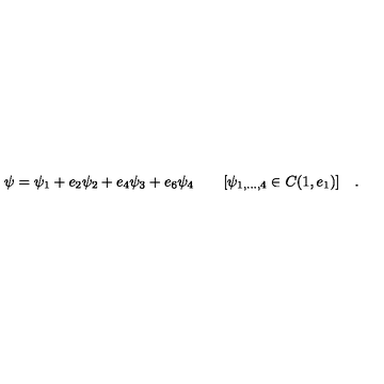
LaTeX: \psi = \psi _ { 1 } + e _ { 2 } \psi _ { 2 } + e _ { 4 } \psi _ { 3 } + e _ { 6 } \psi _ { 4 } \quad \quad [ \psi _ { 1 , . . . , 4 } \in C ( 1 , e _ { 1 } ) ] \quad .